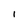
Character: l